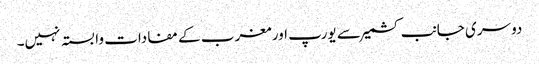
دوسری جانب کشمیر سے یورپ اور مغرب کے مفادات وابستہ نہیں۔